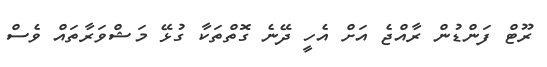
ރޫޓް ފަންޑުން ރާއްޖެ އަށް އެހީ ދޭނެ ގޮތްތަކާ ގުޅޭ މަޝްވަރާތައް ވެސް